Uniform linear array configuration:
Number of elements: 16
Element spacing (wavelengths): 0.5
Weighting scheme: exponential
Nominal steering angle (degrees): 45
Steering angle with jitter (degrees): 44.765
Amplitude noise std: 0.05
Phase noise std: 0.05

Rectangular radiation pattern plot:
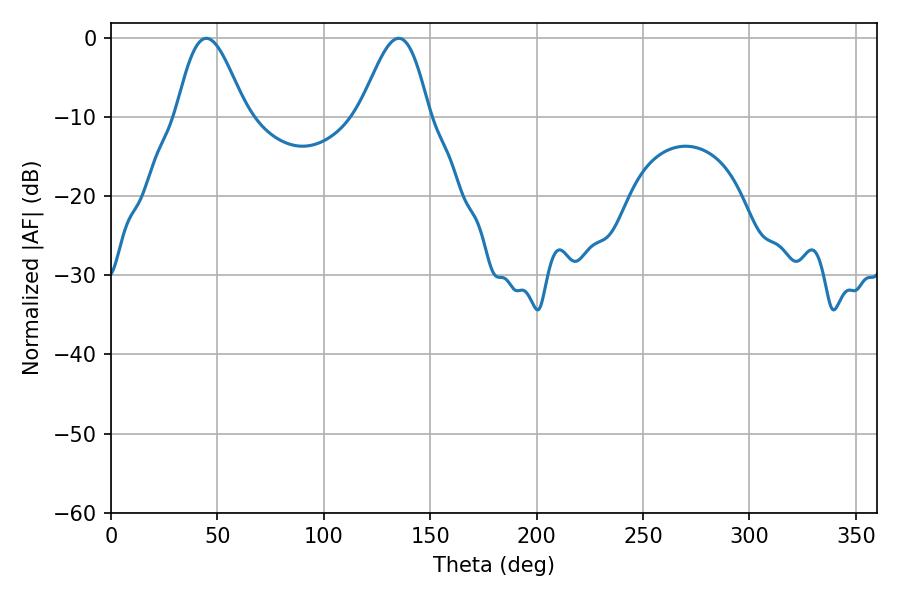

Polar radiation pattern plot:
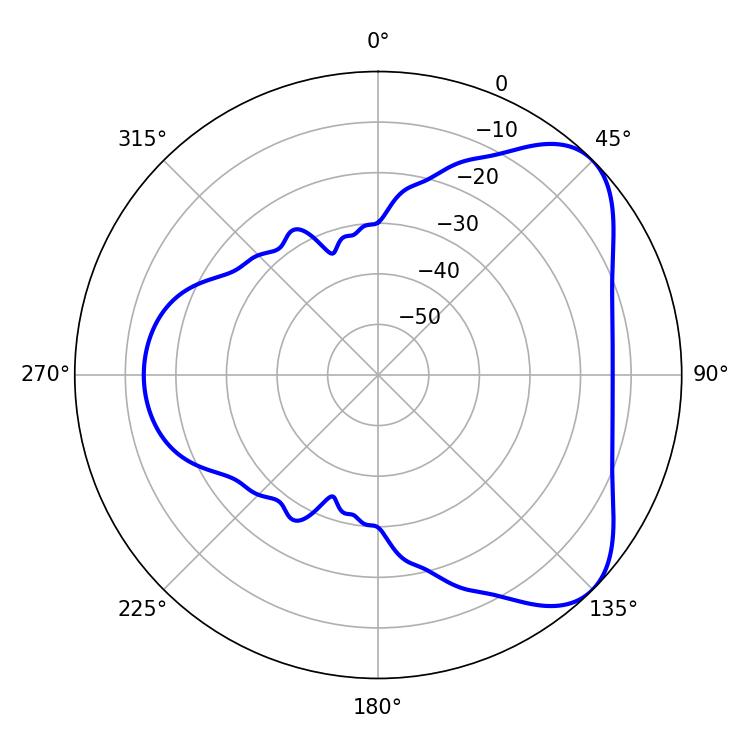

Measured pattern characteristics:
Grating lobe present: FALSE
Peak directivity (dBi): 5.974
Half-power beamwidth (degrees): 17.46
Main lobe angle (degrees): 44.82